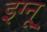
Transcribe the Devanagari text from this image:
इग्‍नू